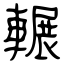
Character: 輾